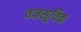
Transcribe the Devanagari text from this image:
वज्रसूचिक